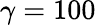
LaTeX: \gamma=100